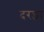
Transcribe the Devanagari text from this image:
दरज्जा